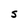
Character: S